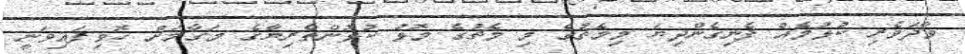
ވާދަވެރި ކުޅުމެއް ފެނިގެންދިޔަ މިމެޗުގެ މި މެޗުގެ މޮޅު ކުޅުންތެރިޔާގެ މަގާމަށް ހޮވިފައިވަނީ